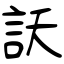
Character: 訞